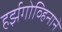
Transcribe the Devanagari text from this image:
हर्झगोव्हिनाने